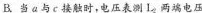
B.当a与c接触时，电压表测L_{2}两端电压